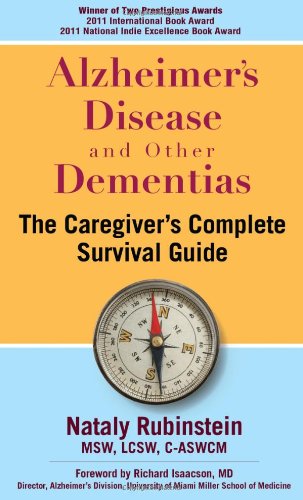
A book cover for Alzheimer's Disease and Other Dementias - The Caregiver's Complete Survival Guide; Nataly Rubinstein; Medical Books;